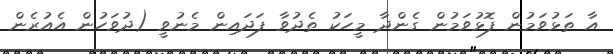
އާ ތަޅުވަމުން ފޮޅުވަމުން ގެންދާ މީހަކު ތެދުވާ ފަދައިން މެނުވީ (ދުވަހުން އެއުރެން